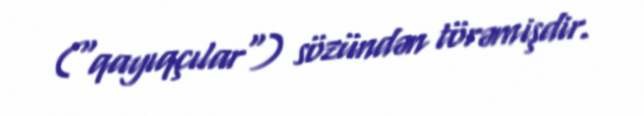
("qayıqçılar") sözündən törəmişdir.